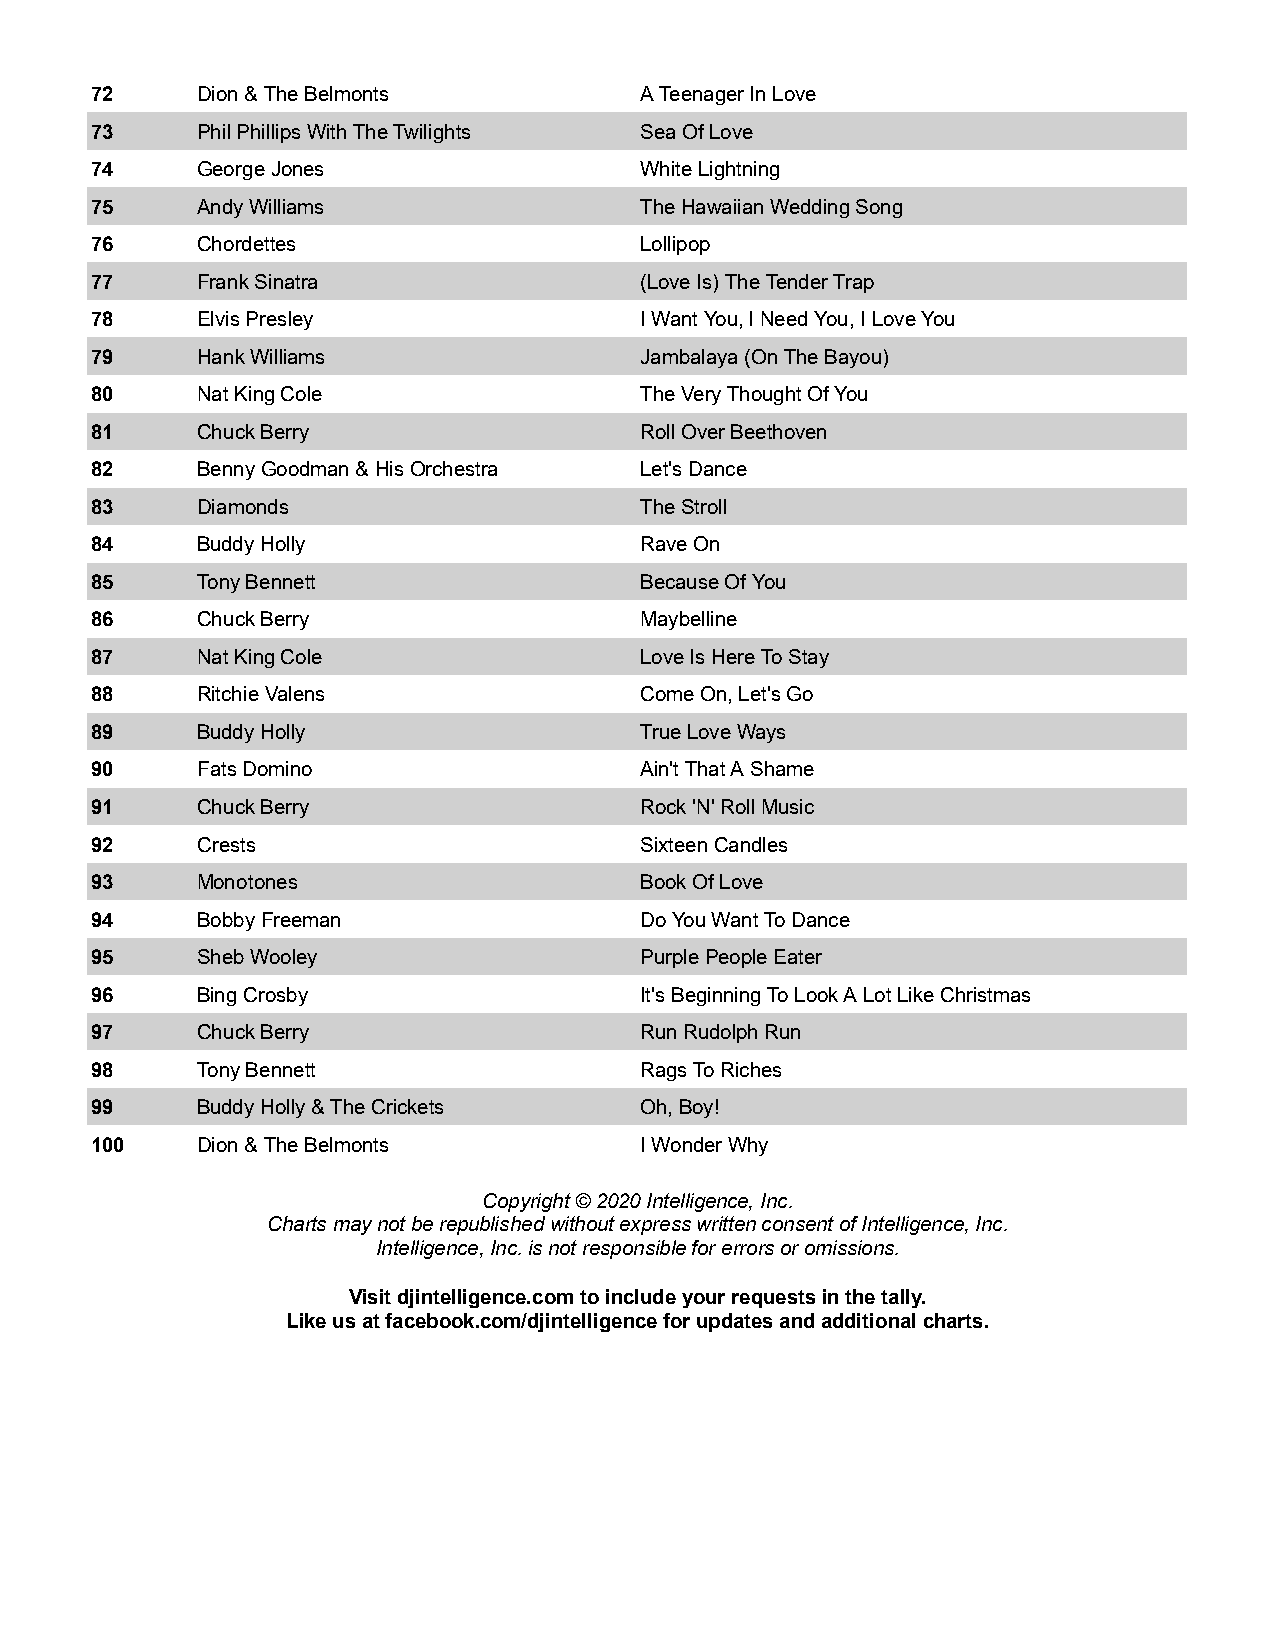
72     Dion & The Belmonts          A Teenager In Love
 73     Phil Phillips With The Twilights Sea Of Love
 74     George Jones                 White Lightning
 75     Andy Williams                The Hawaiian Wedding Song
 76     Chordettes                   Lollipop
 77     Frank Sinatra                (Love Is) The Tender Trap
 78     Elvis Presley                I Want You, I Need You, I Love You
 79     Hank Williams                Jambalaya (On The Bayou)
 80     Nat King Cole                The Very Thought Of You
 81     Chuck Berry                  Roll Over Beethoven
 82     Benny Goodman & His Orchestra Let's Dance
 83     Diamonds                     The Stroll
 84     Buddy Holly                  Rave On
 85     Tony Bennett                 Because Of You
 86     Chuck Berry                  Maybelline
 87     Nat King Cole                Love Is Here To Stay
 88     Ritchie Valens               Come On, Let's Go
 89     Buddy Holly                  True Love Ways
 90     Fats Domino                  Ain't That A Shame
 91     Chuck Berry                  Rock 'N' Roll Music
 92     Crests                       Sixteen Candles
 93     Monotones                    Book Of Love
 94     Bobby Freeman                Do You Want To Dance
 95     Sheb Wooley                  Purple People Eater
 96     Bing Crosby                  It's Beginning To Look A Lot Like Christmas
 97     Chuck Berry                  Run Rudolph Run
 98     Tony Bennett                 Rags To Riches
 99     Buddy Holly & The Crickets   Oh, Boy!
 100    Dion & The Belmonts          I Wonder Why
 Copyright © 2020 Intelligence, Inc.
 Charts may not be republished without express written consent of Intelligence, Inc.
 Intelligence, Inc. is not responsible for errors or omissions.
 Visit djintelligence.com to include your requests in the tally.
 Like us at facebook.com/djintelligence for updates and additional charts.